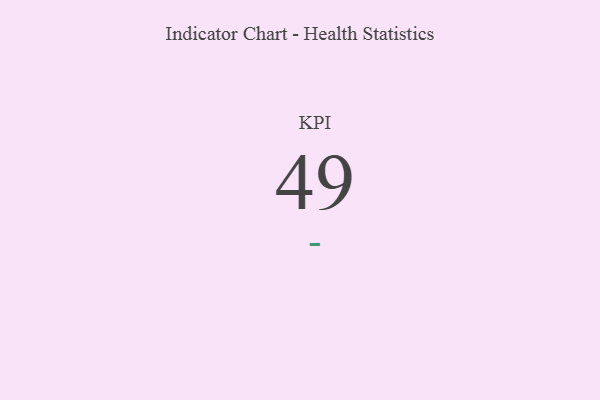
{"axis": {"x": "KPI", "y": "Value"}, "legend": [""], "data": [{"x": "KPI", "y": 49, "type": ""}]}